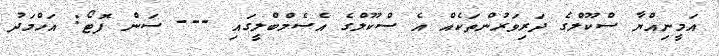
އަމީނިއްޔާ ސްކޫލްގެ ދަރިވަރުންތަކެއް އެ ސްކޫލްގެ އެސެމްބްލީގައި --- ސަން ފޮޓޯ: އަހްމަދު